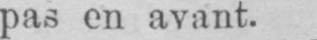
pas en avant.